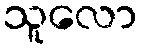
သူလော